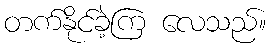
တက်နိုင်ခဲ့ကြ လေသည်။